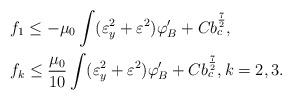
LaTeX: \begin{align*}&f_1\leq -\mu_0\int(\varepsilon_y^2+\varepsilon^2)\varphi_B'+Cb_c^{\frac{7}{2}},\\&f_k\leq \frac{\mu_0}{10}\int(\varepsilon_y^2+\varepsilon^2)\varphi_B'+Cb_c^{\frac{7}{2}},k=2,3.\end{align*}